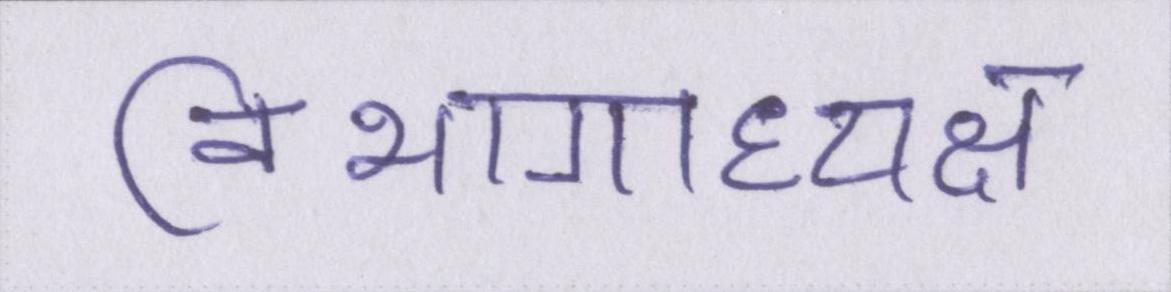
विभागाध्यक्ष